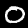
Label: 0